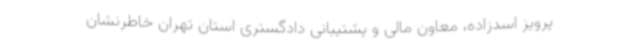
پرویز اسدزاده، معاون مالی و پشتیبانی دادگستری استان تهران خاطرنشان